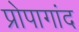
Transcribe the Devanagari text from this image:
प्रोपागांद